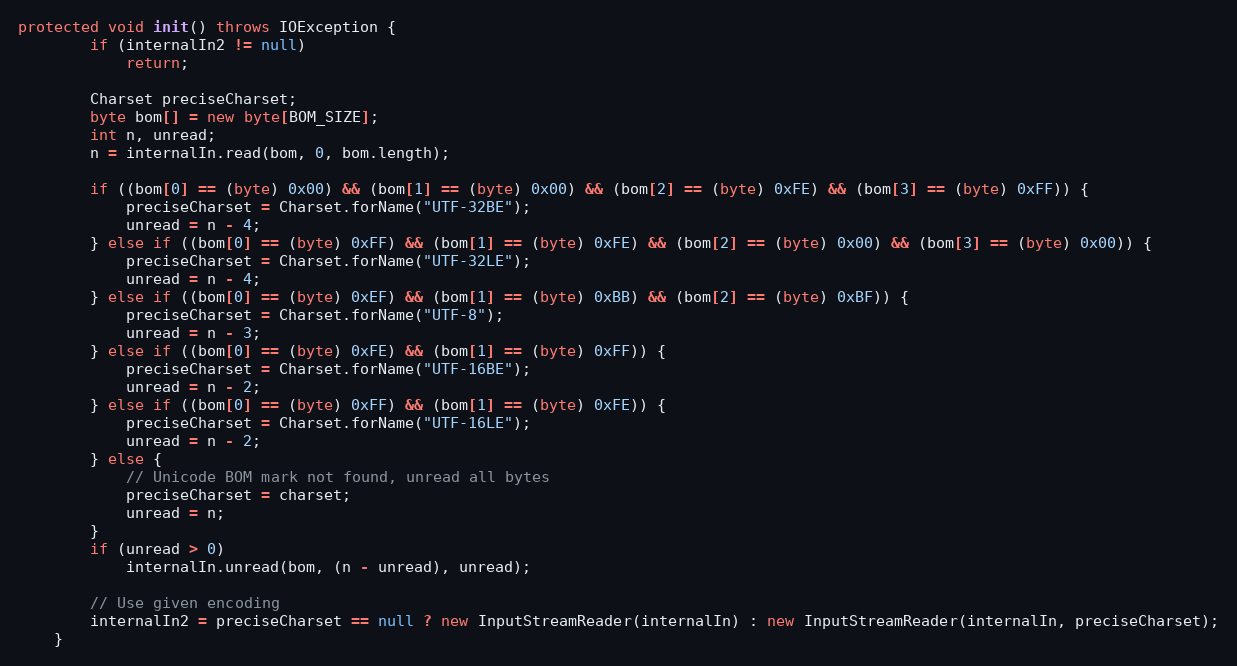
Language: Java
protected void init() throws IOException {
		if (internalIn2 != null)
			return;

		Charset preciseCharset;
		byte bom[] = new byte[BOM_SIZE];
		int n, unread;
		n = internalIn.read(bom, 0, bom.length);

		if ((bom[0] == (byte) 0x00) && (bom[1] == (byte) 0x00) && (bom[2] == (byte) 0xFE) && (bom[3] == (byte) 0xFF)) {
			preciseCharset = Charset.forName("UTF-32BE");
			unread = n - 4;
		} else if ((bom[0] == (byte) 0xFF) && (bom[1] == (byte) 0xFE) && (bom[2] == (byte) 0x00) && (bom[3] == (byte) 0x00)) {
			preciseCharset = Charset.forName("UTF-32LE");
			unread = n - 4;
		} else if ((bom[0] == (byte) 0xEF) && (bom[1] == (byte) 0xBB) && (bom[2] == (byte) 0xBF)) {
			preciseCharset = Charset.forName("UTF-8");
			unread = n - 3;
		} else if ((bom[0] == (byte) 0xFE) && (bom[1] == (byte) 0xFF)) {
			preciseCharset = Charset.forName("UTF-16BE");
			unread = n - 2;
		} else if ((bom[0] == (byte) 0xFF) && (bom[1] == (byte) 0xFE)) {
			preciseCharset = Charset.forName("UTF-16LE");
			unread = n - 2;
		} else {
			// Unicode BOM mark not found, unread all bytes
			preciseCharset = charset;
			unread = n;
		}
		if (unread > 0)
			internalIn.unread(bom, (n - unread), unread);

		// Use given encoding
		internalIn2 = preciseCharset == null ? new InputStreamReader(internalIn) : new InputStreamReader(internalIn, preciseCharset);
	}